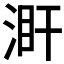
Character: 𣵼